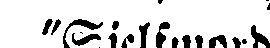
"Sjelfmord!"